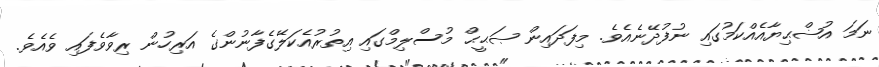
ނަމަ އުޟްޙިޔާއެއްކަމުގައި ނުފުދޭނެއެވެ. މިފަދައިން ޞަޙީޙް މުސްލިމްގައި އިތުރުއެކަލޭގެފާނުންގެ އަރިހުން ރިވާވެފައި ވެއެވެ.